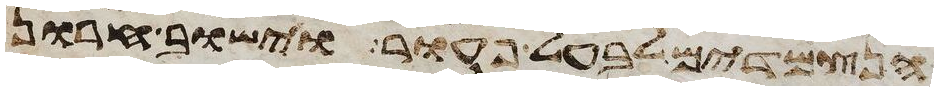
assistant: הנצמדים לבעל פעור וישוב חרון